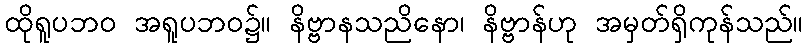
ထိုရူပဘဝ အရူပဘဝ၌။ နိဗ္ဗာနသညိနော၊ နိဗ္ဗာန်ဟု အမှတ်ရှိကုန်သည်။